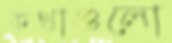
কথাগুলো